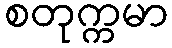
စတုက္ကမာ